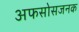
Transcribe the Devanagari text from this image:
अफसोसजनक